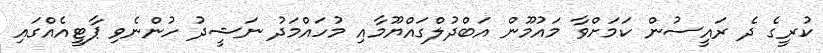
ކުރީގެ ދެ ރައީސުން ކަމަށްވާ މައުމޫން އަބްދުލްގައްޔޫމާއި މުހައްމަދު ނަޝީދު ހުންނެވި ޕާޓީއެއްގައި